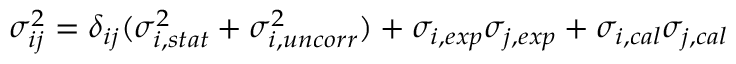
\sigma _ { i j } ^ { 2 } = \delta _ { i j } ( \sigma _ { i , s t a t } ^ { 2 } + \sigma _ { i , u n c o r r } ^ { 2 } ) + \sigma _ { i , e x p } \sigma _ { j , e x p } + \sigma _ { i , c a l } \sigma _ { j , c a l }